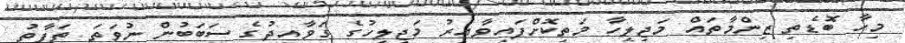
މިހާ ބޮޑެތި ޒިންމާތައް މަޖިލީހާ މަތިކޮށްފައިވާއިރު މަޖިލީހުގެ ގަވާއިދުގެ ސަބަބުން ނުވަތަ ތަފާތު